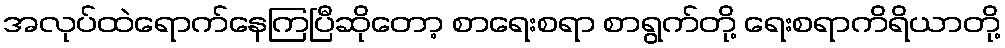
အလုပ်ထဲရောက်နေကြပြီဆိုတော့ စာရေးစရာ စာရွက်တို့ ရေးစရာကိရိယာတို့